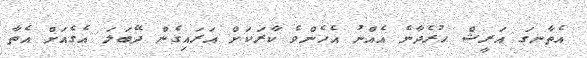
އެތާނގަ އަރީޝް ހުރެދާނެ އެއްނު އެހެންވެ ކާރަކަށް އަރައިގެން ދޭބަލަ އެގެއަށް އެތާ